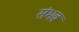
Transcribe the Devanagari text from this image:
संभवः